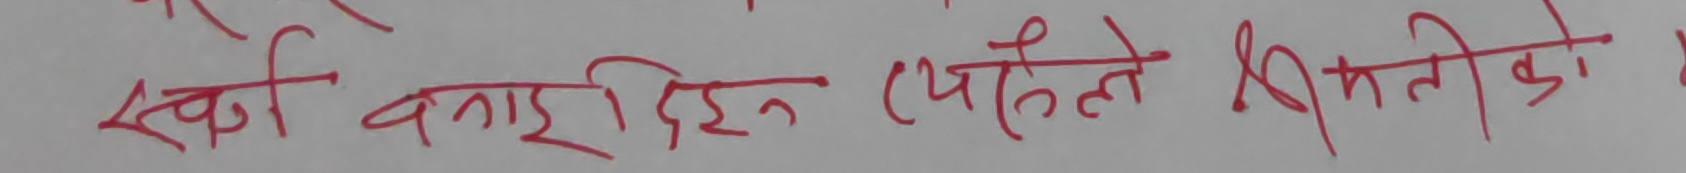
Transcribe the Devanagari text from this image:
स्वी बनाइ दिन्छु (पहिलो श्रीमतीको) ।